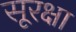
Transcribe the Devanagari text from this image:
सूरक्षा